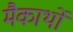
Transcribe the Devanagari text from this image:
मैकार्थों